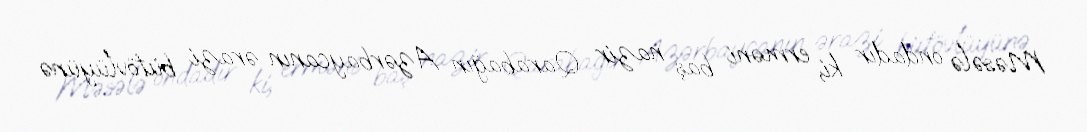
Məsələ ondadır ki, erməni baş nazir Qarabağın Azərbaycanın ərazi bütövlüyünə